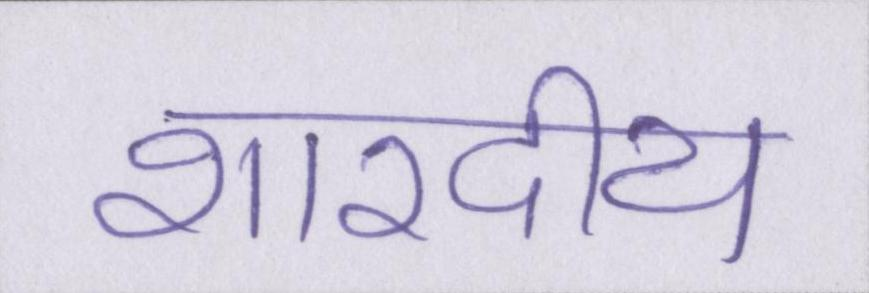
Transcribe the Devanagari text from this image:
शारदीय